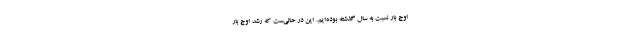
اوج بار نسبت به سال گذشته بوده‌ایم. این در حالی‌ست که رشد اوج بار